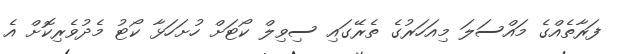
ފަރާތެއްގެ މައްސަލަ މިއަހަރުގެ ތެރޭގައި ސިވިލް ކޯޓަށް ހުށަހަޅާ ކޯޓު މެދުވެރިކޮށް އެ